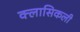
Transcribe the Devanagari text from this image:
क्लासिकली